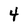
Character: 4